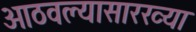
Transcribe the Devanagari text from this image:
आठवल्यासारख्या